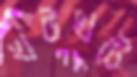
খটখটে